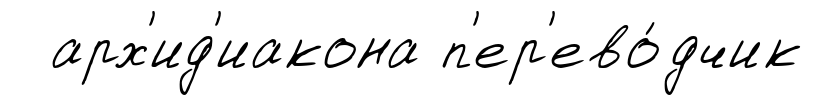
арх'ид'иакона п'ер'ево́дчик